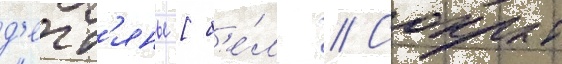
д'егт'яны [б'е́л. // Сокрыт